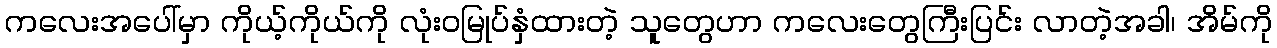
ကလေးအပေါ်မှာ ကိုယ့်ကိုယ်ကို လုံးဝမြုပ်နှံထားတဲ့ သူတွေဟာ ကလေးတွေကြီးပြင်း လာတဲ့အခါ၊ အိမ်ကို